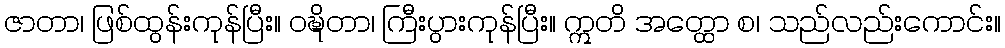
ဇာတာ၊ ဖြစ်ထွန်းကုန်ပြီး။ ဝဍ္ဎိတာ၊ ကြီးပွားကုန်ပြီး။ ဣတိ အတ္ထော စ၊ သည်လည်းကောင်း။